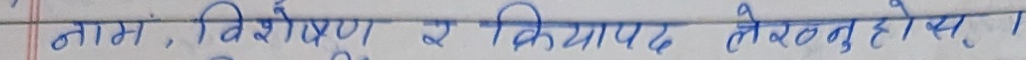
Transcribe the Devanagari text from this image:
नाम, विशेषण र क्रियापद लेख्नु होस्।